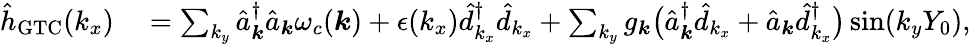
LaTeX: \begin{array}{rl}{{\hat{h}}_{\mathrm{GTC}}(k_{x})}&{{}=\sum_{{k_{y}}}\hat{a}_{\boldsymbol k}^{\dagger}\hat{a}_{\boldsymbol k}\omega_{c}({\boldsymbol k})+\epsilon(k_{x})\hat{d}_{k_{x}}^{\dagger}\hat{d}_{k_{x}}+\sum_{k_{y}}{g_{\boldsymbol k}}\big(\hat{a}_{{\boldsymbol k}}^{\dagger}\hat{d}_{k_{x}}+\hat{a}_{{\boldsymbol k}}\hat{d}_{k_{x}}^{\dagger}\big)\sin({k_{y}}Y_{0}),}\end{array}